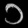
Digit: ၁